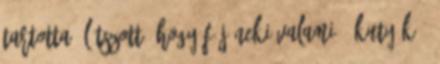
tartotta, látszott, hogy fáj neki valami - Kutyák -